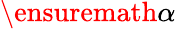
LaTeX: \ensuremath{\alpha}